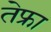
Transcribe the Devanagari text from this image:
तेफ्रा